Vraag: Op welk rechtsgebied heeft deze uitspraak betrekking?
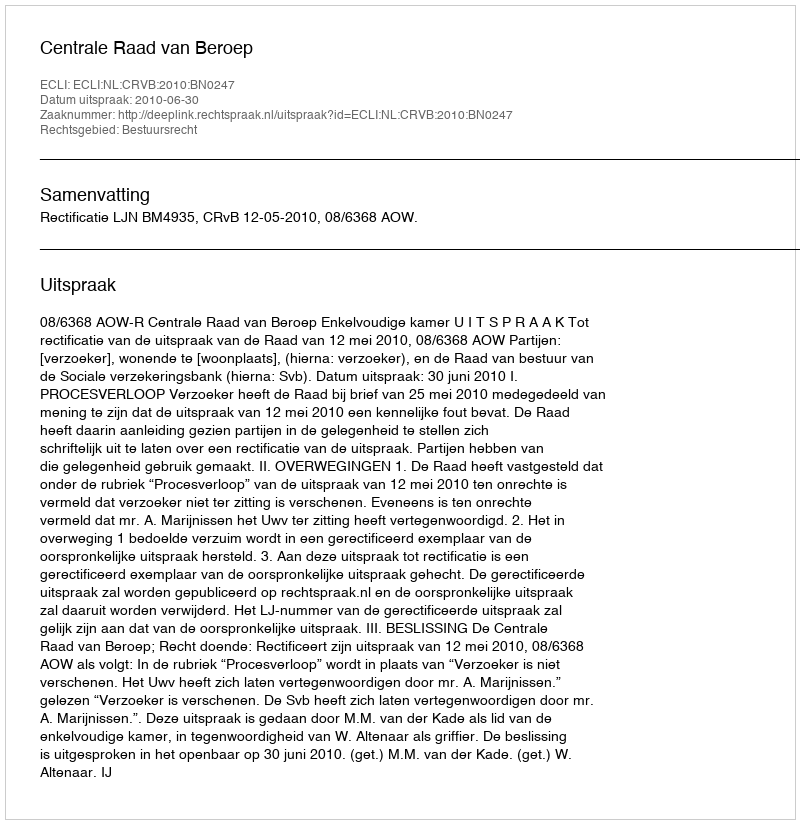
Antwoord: Bestuursrecht